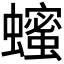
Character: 𬠵